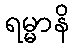
ရမ္မာနိ